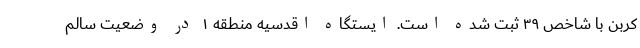
کربن با شاخص ۳۹ ثبت شده است. ایستگاه اقدسیه منطقه ۱ در وضعیت سالم